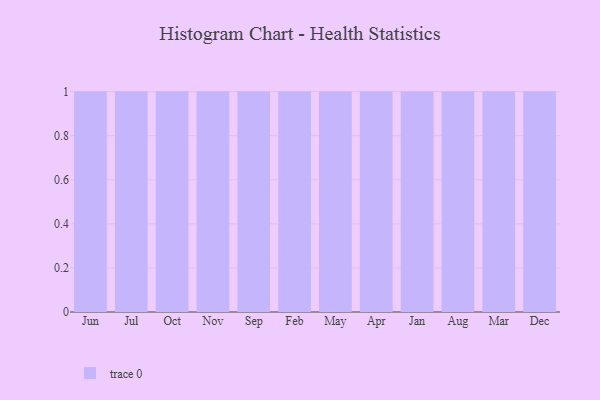
{"axis": {"x": "Month", "y": "Inventory Turnover"}, "legend": [""], "data": [{"x": "Jun", "y": 42, "type": ""}, {"x": "Jul", "y": 51, "type": ""}, {"x": "Oct", "y": 38, "type": ""}, {"x": "Nov", "y": 62, "type": ""}, {"x": "Sep", "y": 86, "type": ""}, {"x": "Feb", "y": 99, "type": ""}, {"x": "May", "y": 13, "type": ""}, {"x": "Apr", "y": 15, "type": ""}, {"x": "Jan", "y": 76, "type": ""}, {"x": "Aug", "y": 25, "type": ""}, {"x": "Mar", "y": 83, "type": ""}, {"x": "Dec", "y": 98, "type": ""}]}